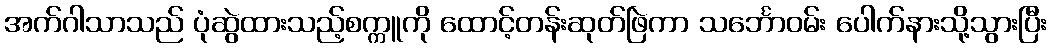
အက်ဂါသာသည် ပုံဆွဲထားသည့်စက္ကူကို ထောင့်တန်းဆုတ်ဖြဲကာ သင်္ဘောဝမ်း ပေါက်နားသို့သွားပြီး